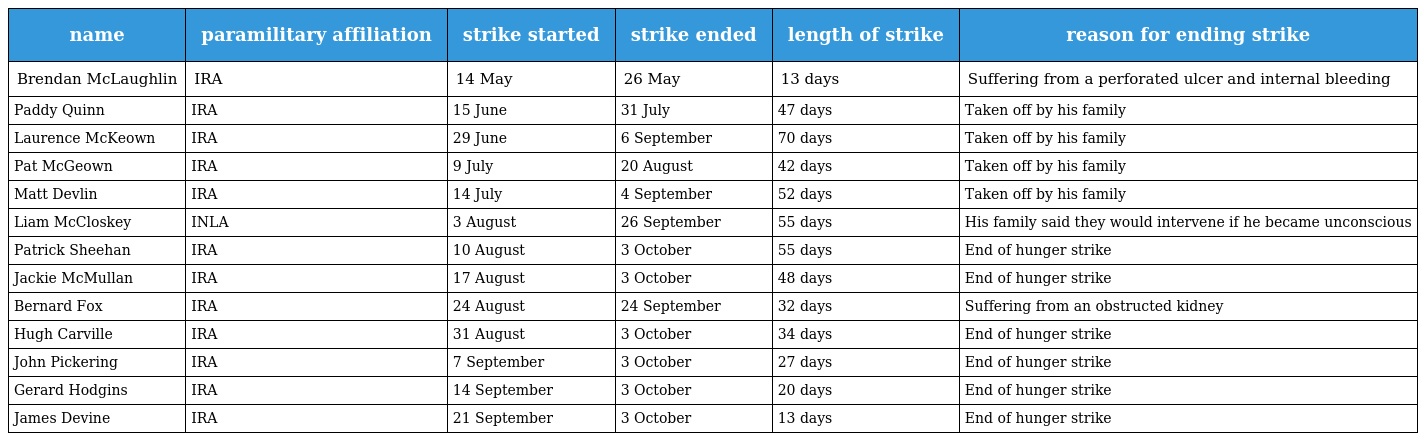
| name | paramilitary affiliation | strike started | strike ended | length of strike | reason for ending strike |
 | --- | --- | --- | --- | --- | --- |
 | Brendan McLaughlin | IRA | 14 May | 26 May | 13 days | Suffering from a perforated ulcer and internal bleeding |
 | Paddy Quinn | IRA | 15 June | 31 July | 47 days | Taken off by his family |
 | Laurence McKeown | IRA | 29 June | 6 September | 70 days | Taken off by his family |
 | Pat McGeown | IRA | 9 July | 20 August | 42 days | Taken off by his family |
 | Matt Devlin | IRA | 14 July | 4 September | 52 days | Taken off by his family |
 | Liam McCloskey | INLA | 3 August | 26 September | 55 days | His family said they would intervene if he became unconscious |
 | Patrick Sheehan | IRA | 10 August | 3 October | 55 days | End of hunger strike |
 | Jackie McMullan | IRA | 17 August | 3 October | 48 days | End of hunger strike |
 | Bernard Fox | IRA | 24 August | 24 September | 32 days | Suffering from an obstructed kidney |
 | Hugh Carville | IRA | 31 August | 3 October | 34 days | End of hunger strike |
 | John Pickering | IRA | 7 September | 3 October | 27 days | End of hunger strike |
 | Gerard Hodgins | IRA | 14 September | 3 October | 20 days | End of hunger strike |
 | James Devine | IRA | 21 September | 3 October | 13 days | End of hunger strike |